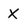
Character: X